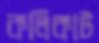
কলিকাট